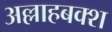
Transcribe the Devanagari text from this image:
अल्लाहबक्श